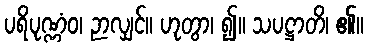
ပရိပုဏ္ဏံဝ၊ ဉာလျှင်။ ဟုတွာ၊ ၍။ သပဋ္ဌာတိ၊ ၏။